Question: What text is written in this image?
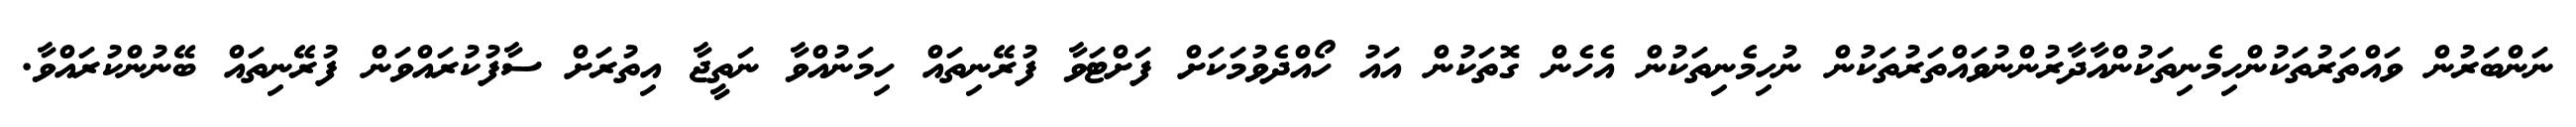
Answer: ނަންބަރުން ވައްތަރުތަކުންހިމެނިތަކުންއާދާރުންނުވައްތަރުތަކުން ނުހިމެނިތަކުން އެހެން ގޮތަކުން އައު ހޯއްދެވުމަކަށް ފަށްޓަވާ ފުރޭނިތައް ހިމަނުއްވާ ނަތީޖާ އިތުރަށް ސާފުކުރައްވަން ފުރޭނިތައް ބޭނުންކުރައްވާ.